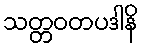
သတ္တဝတပဒါနိ